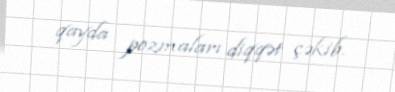
qayda pozmaları diqqət çəkib.